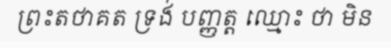
ព្រះតថាគត ទ្រង់ បញ្ញត្ត ឈ្មោះ ថា មិន